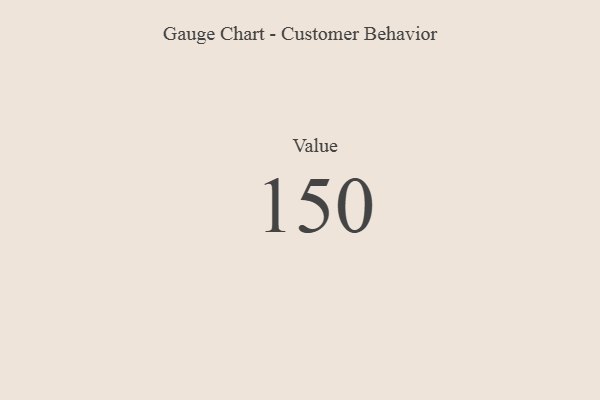
{"axis": {"x": "Metric", "y": "Value"}, "legend": [""], "data": [{"x": "Value", "y": 150, "type": ""}]}